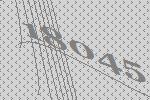
18045